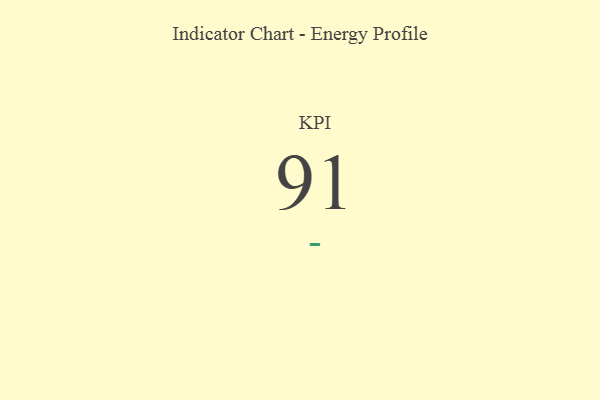
{"axis": {"x": "KPI", "y": "Value"}, "legend": [""], "data": [{"x": "KPI", "y": 91, "type": ""}]}